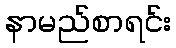
နာမည်စာရင်း